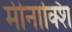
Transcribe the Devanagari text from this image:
मीनाक्शि